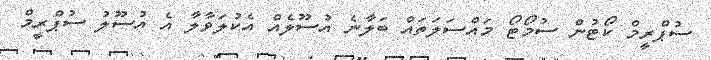
ސުޕްރީމް ކޯޓުން ސުމޯޓޯ މައްސަލަތައް ބަލާނެ އުސޫލެއް އެކުލަވާލާ އެ އުސޫލު ސުޕްރީމް